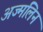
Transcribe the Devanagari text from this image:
अज्मलिन